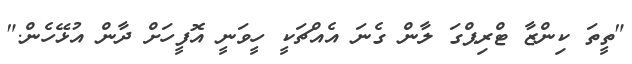
"ތީތަ ކިންޒާ ޓްރިޕްގަ ލާން ގެނަ އެއްޗަކީ ހީވަނީ އޮފީހަށް ދާން އުޅޭހެން."